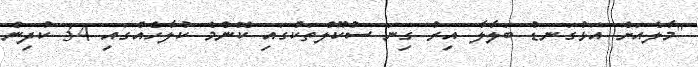
"މާލެއަށް އަޅުގަނޑު ބަލާލާ އިރު ގިނަ ސުކޫލްތަކުގައި ކޮންމެ ކުލާހެއްގައި 34 ކުދިން